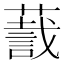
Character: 𬞛